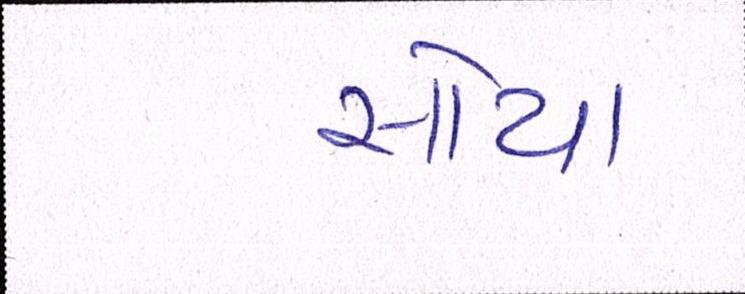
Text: સોયા